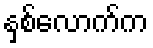
နှစ်လောက်က